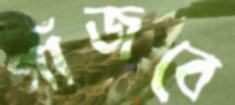
গাঁজবে